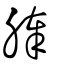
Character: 䏾